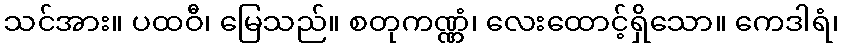
သင်အား။ ပထဝီ၊ မြေသည်။ စတုကဏ္ဏံ၊ လေးထောင့်ရှိသော။ ကေဒါရံ၊